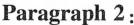
Paragraph 2: